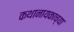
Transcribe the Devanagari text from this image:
कथानायकाच्या